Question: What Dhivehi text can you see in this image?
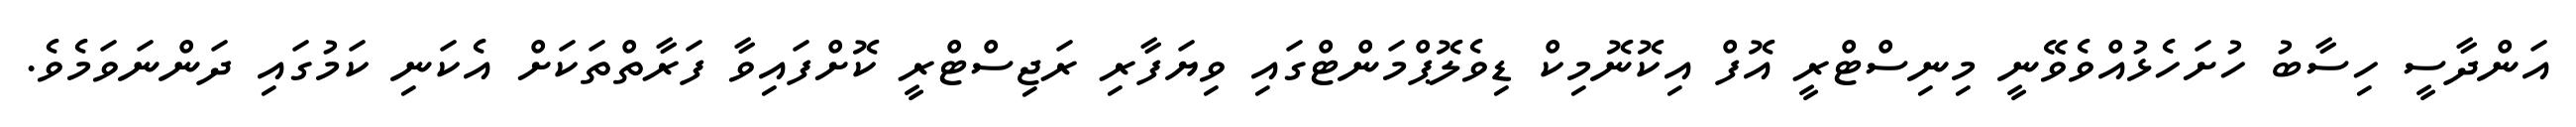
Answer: އަންދާސީ ހިސާބު ހުށަހެޅުއްވެވޭނީ މިނިސްޓްރީ އޮފް އިކޮނޮމިކް ޑިވެލޮޕްމަންޓްގައި ވިޔަފާރި ރަޖިސްޓްރީ ކޮށްފައިވާ ފަރާތްތަކަށް އެކަނި ކަމުގައި ދަންނަވަމެވެ.